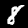
Digit: 8